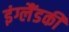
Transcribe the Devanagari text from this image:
इंग्लैंडकी